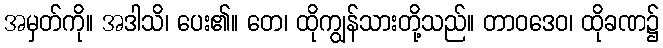
အမှတ်ကို။ အဒါသိ၊ ပေး၏။ တေ၊ ထိုကျွန်သားတို့သည်။ တာဝဒေဝ၊ ထိုခဏ၌